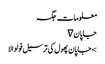
معلومات	جگہ
جاپان ∇
> جاپان پھول کی ترسیل فولوالا